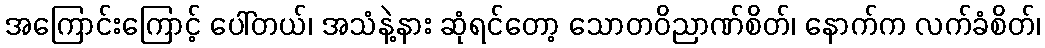
အကြောင်းကြောင့် ပေါ်တယ်၊ အသံနဲ့နား ဆုံရင်တော့ သောတဝိညာဏ်စိတ်၊ နောက်က လက်ခံစိတ်၊